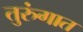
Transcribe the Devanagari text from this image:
तुरुंंगात